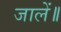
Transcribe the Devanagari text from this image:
जालें॥